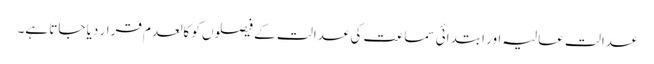
عدالت عالیہ اور ابتدائی سماعت کی عدالت کے فیصلوں کو کالعدم قرار دیا جاتا ہے۔